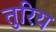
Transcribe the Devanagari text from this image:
तुरिय